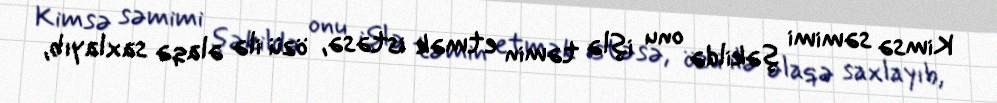
Kimsə səmimi şəkildə onu işlə təmin etmək istəsə, özü ilə əlaqə saxlayıb,